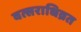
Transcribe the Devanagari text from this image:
वत्सराधिव्रत